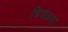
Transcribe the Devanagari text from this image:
चिघळला